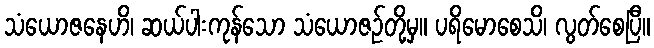
သံယောဇနေဟိ၊ ဆယ်ပါးကုန်သော သံယောဇဉ်တို့မှ။ ပရိမောစေသိ၊ လွတ်စေပြီ။